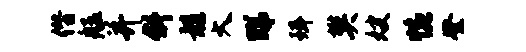
僭艋并斜髓大睇珥樊嫂惋登